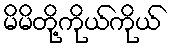
မိမိတို့ကိုယ်ကိုယ်